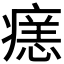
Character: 𭼞